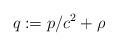
LaTeX: \begin{align*}q:=p/c^{2}+\rho\end{align*}